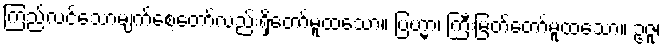
ကြည်လင်သောမျက်စေ့တော်လည်းရှိတော်မူထသော။ ဗြဟ္မာ၊ ကြီးမြတ်တော်မူထသော။ ဥဇူ၊